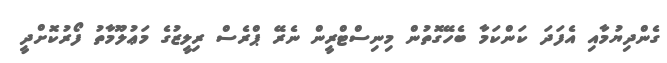
ގެންދިޔުމާއި އެފަދަ ކަންކަމާ ބެހޭގޮތުން މިނިސްޓްރީން ނެރޭ ޕްރެސް ރިލީޒުގެ މަޢުލޫމާތު ފޯރުކޮށްދީ